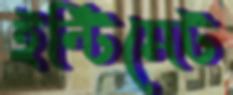
ইন্টিমেট